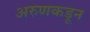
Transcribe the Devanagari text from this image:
अरुणकडून